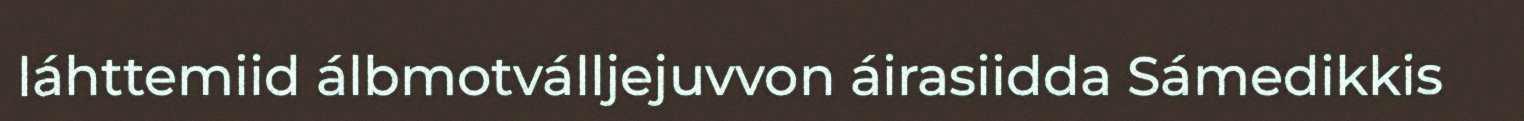
láhttemiid álbmotválljejuvvon áirasiidda Sámedikkis